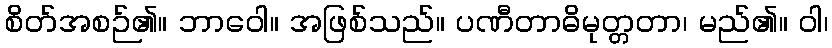
စိတ်အစဉ်၏။ ဘာဝေါ။ အဖြစ်သည်။ ပဏီတာဓိမုတ္တတာ၊ မည်၏။ ဝါ၊